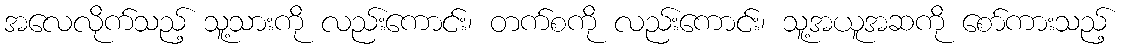
အလေလိုက်သည့် သူ့သားကို လည်းကောင်း၊ တက်စကို လည်းကောင်း၊ သူ့အယူအဆကို စော်ကားသည့်